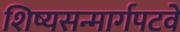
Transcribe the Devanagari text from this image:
शिष्यसन्मार्गपटवे